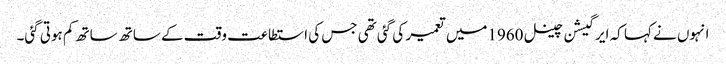
انہوں نے کہا کہ ایرگیشن چینل 1960میں تعمیر کی گئی تھی جس کی استطاعت وقت کے ساتھ ساتھ کم ہوتی گئی۔